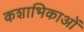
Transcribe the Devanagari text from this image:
कशाभिकाओं